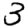
Digit: 3